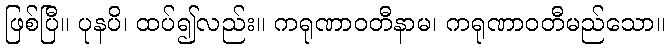
ဖြစ်ပြီ။ ပုနပိ၊ ထပ်၍လည်း။ ကရုဏာဝတီနာမ၊ ကရုဏာဝတီမည်သော။